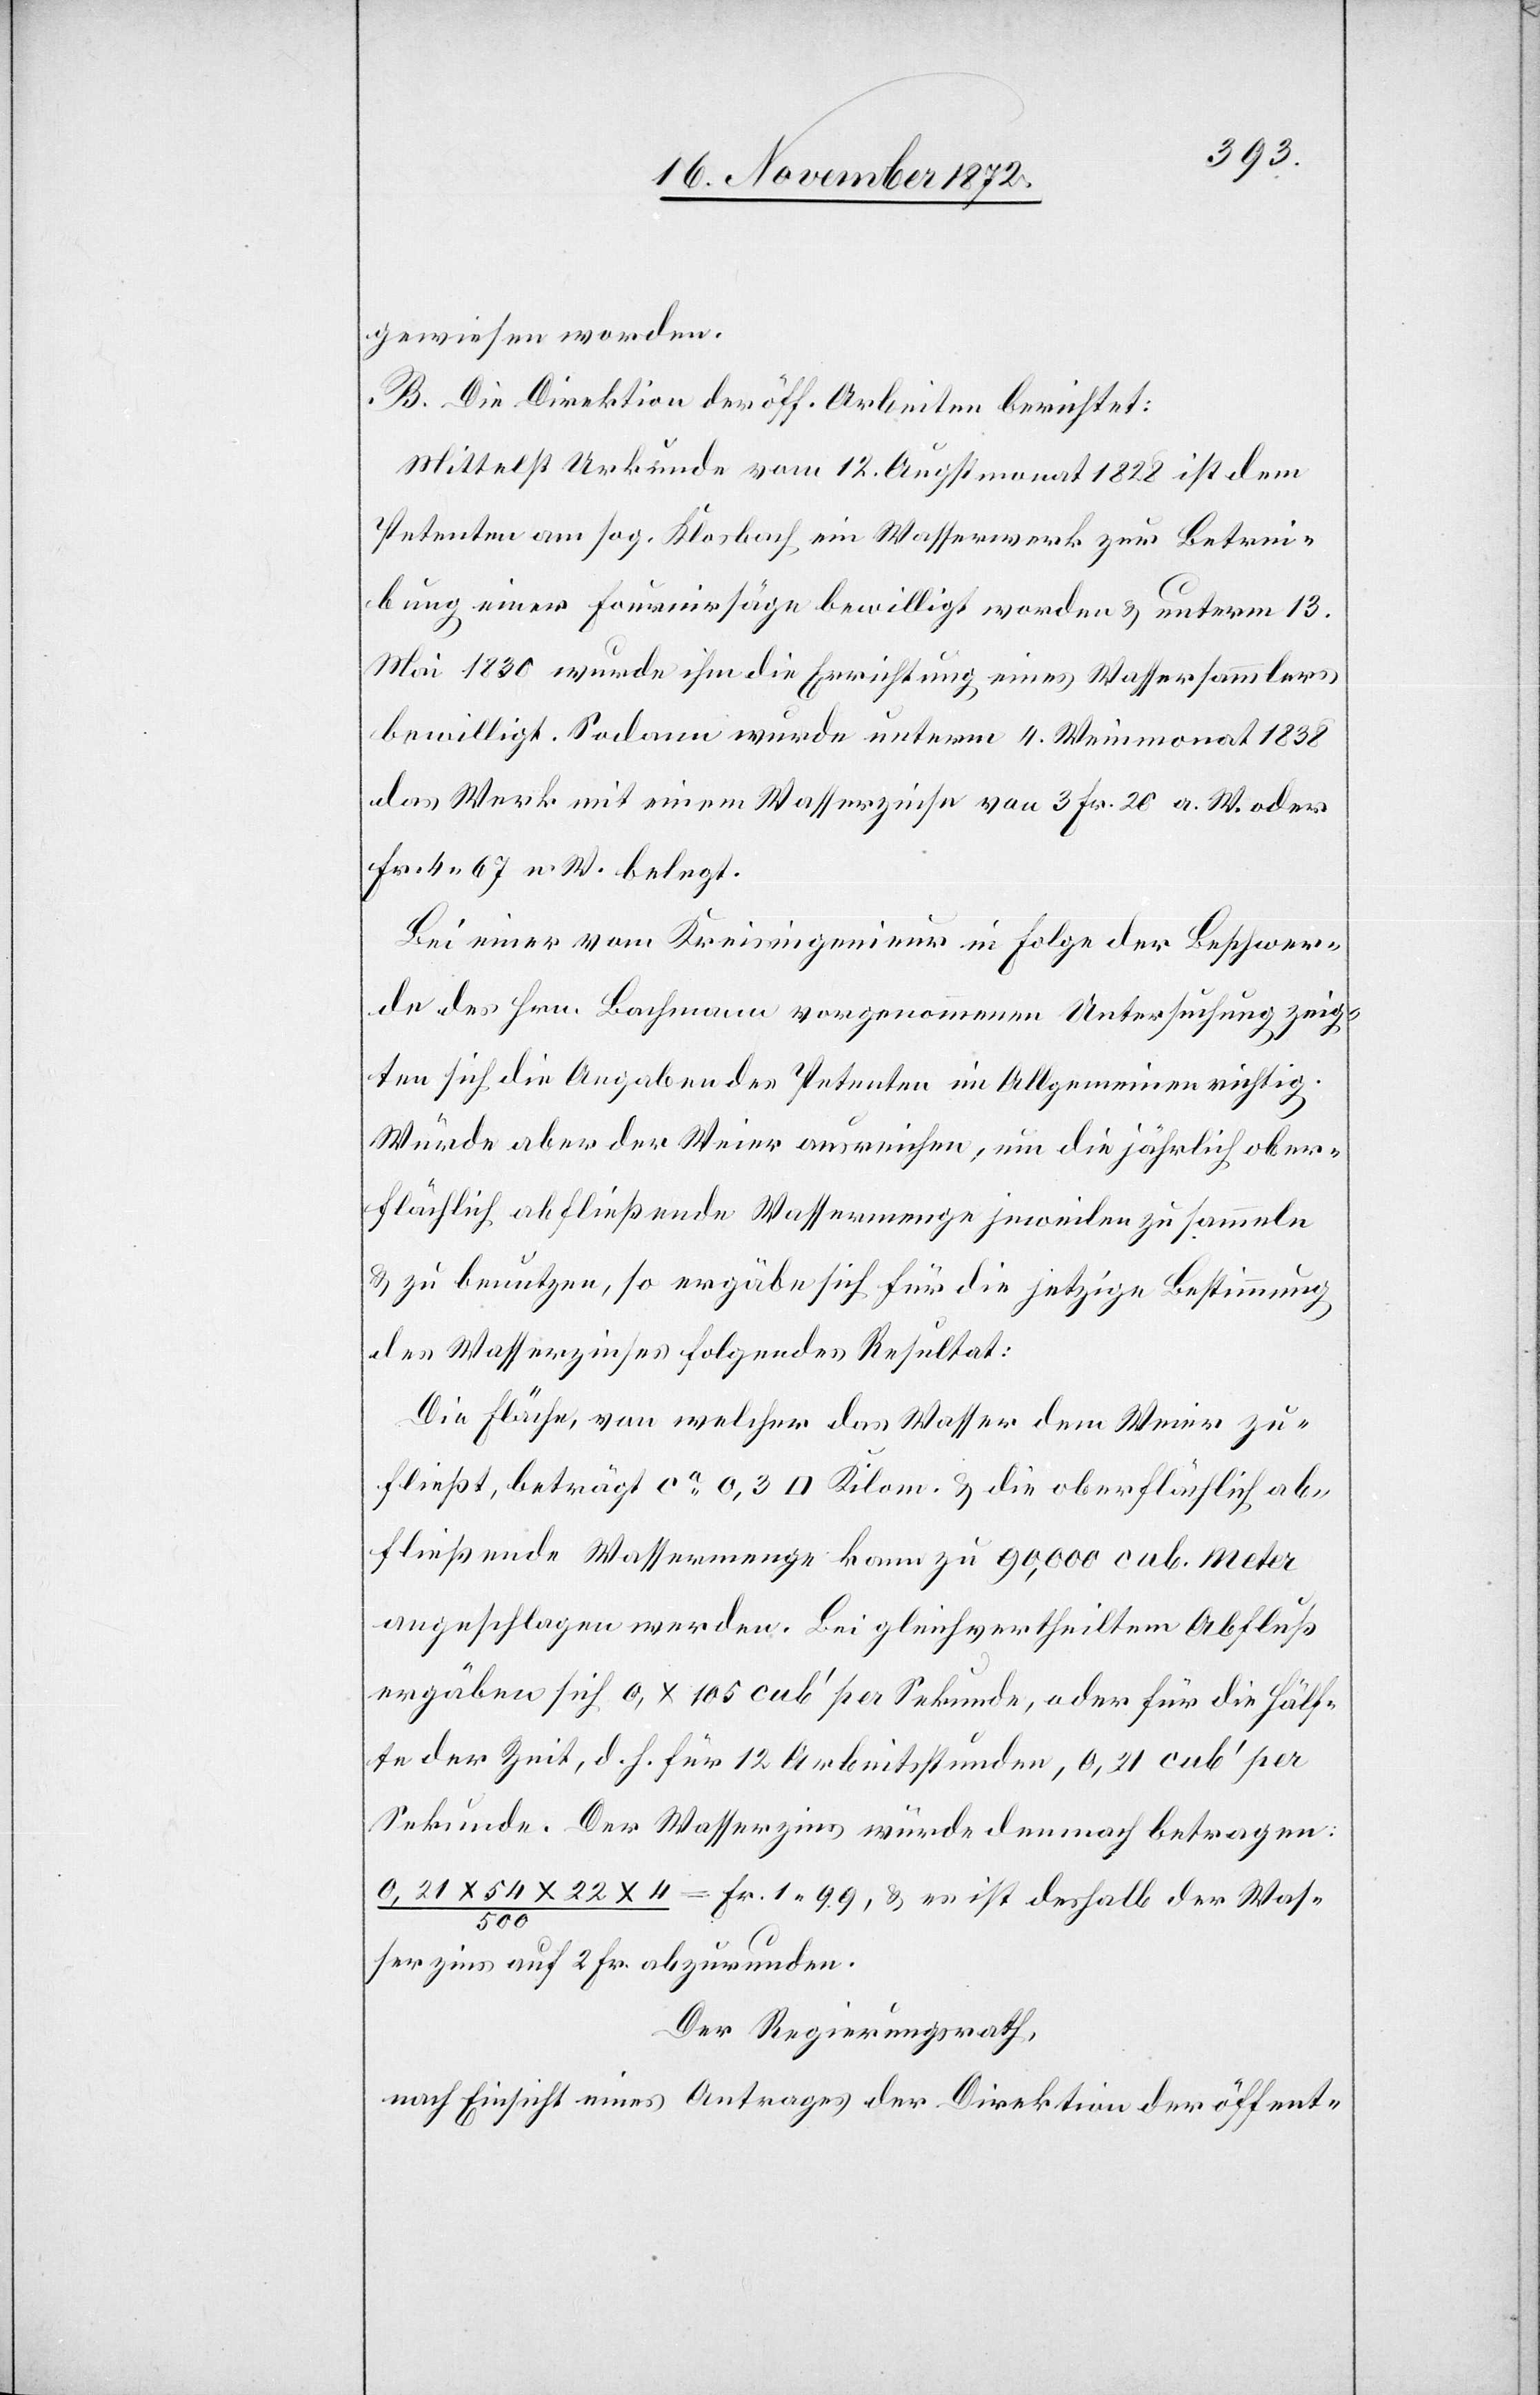
gewiesen worden.
B. Die Direktion der öff. Arbeiten berichtet:
Mittelst Urkunde vom 12. Augstmonat 1828 ist dem
Petenten am sog. Klosbach ein Wasserwerk zur Betrei¬
bung einer Fournirsäge bewilligt worden u. unterm 13.
Mai 1830 wurde ihm die Errichtung eines Wassersammlers
bewilligt. Sodann wurde unterm 4. Weinmonat 1838
das Werk mit einem Wasserzinse von 3 Fr. 20 a. W. oder
Fr. 4 67 n. W. belegt.
Bei einer vom Kreisingenieur in Folge der Beschwer¬
de des Hrn. Bachmann vorgenommenen Untersuchung zeig¬
ten sich die Angaben des Petenten im Allgemeinen richtig.
Würde aber der Weier ausreichen, um die jährlich ober¬
flächlich abfließende Wassermenge jeweilen zu sammeln
u. zu benutzen, so ergäbe sich für die jetzige Bestimmung
des Wasserzinses folgendes Resultate:
Die Fläche von welcher das Wasser dem Weier zu¬
fließt, beträgt ca 0,3 [Quadrat]Kilom. u. die oberflächlich ab¬
fließende Wassermenge kann zu 90,000 cub. Meter
angeschlagen werden. Bei gleichvertheiltem Abfluß
ergäben sich 0, x 105 cub’ per Sekunde, oder für die Hälf¬
te der Zeit, d. h. für 12 Arbeitsstunden, 0,21 cub’ per
Sekunde. Der Wasserzins würde demnach betragen:
x 22 x 4 / 500 = Fr. 1 99, u. es ist deshalb der Was¬
serzins auf 2 Fr. abzurunden.
Der Regierungsrath,
nach Einsicht eines Antrages der Direktion der öffent-